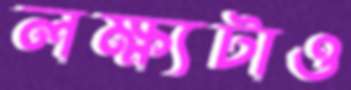
লক্ষ্যটাও